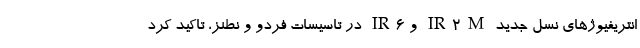
انتریفیوژهای نسل جدید IR2M و IR6 در تاسیسات فردو و نطنز، تاکید کرد